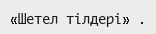
«Шетел тілдері» .